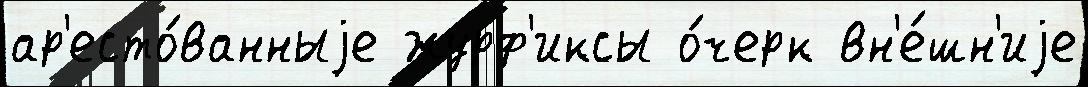
ар'есто́ванныjе журф'иксы о́черк вн'е́шн'иjе